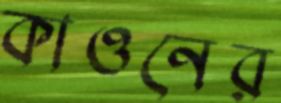
কাওনের